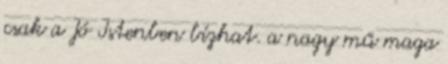
csak a Jó Istenben bízhat. a nagy mű maga